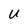
Character: U